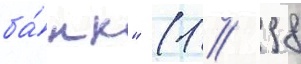
ба́нк" (1 / 998